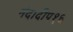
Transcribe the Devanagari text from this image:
नंदादीप१६